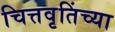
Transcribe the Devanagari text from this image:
चित्तवृतिंच्या